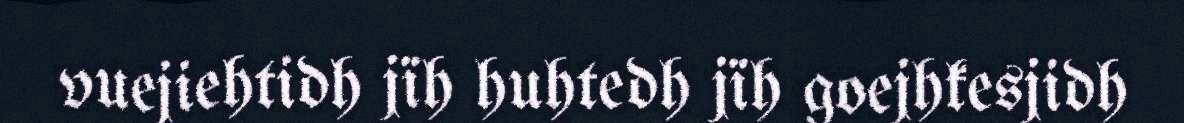
vuejiehtidh jïh huhtedh jïh goejhkesjidh